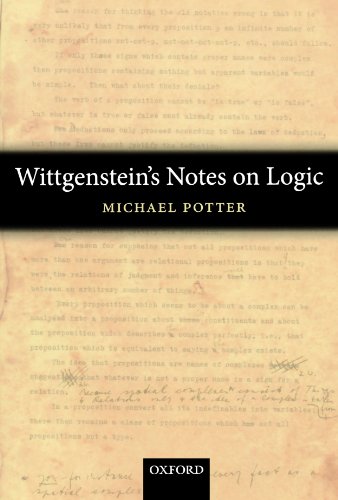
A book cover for Wittgenstein's Notes on Logic; Michael Potter; Politics & Social Sciences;